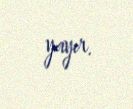
yayır.